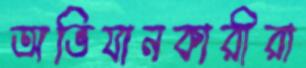
অভিযানকারীরা